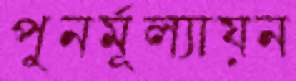
পুনর্মূল্যায়ন